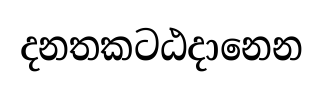
දනතකටඨදානෙන